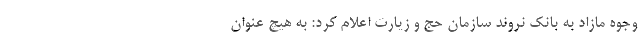
وجوه مازاد به بانک نروند سازمان حج و زیارت اعلام کرد: به هیچ عنوان